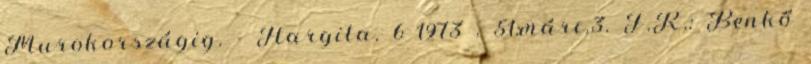
Murokországig. = Hargita. 6 1973 . 51:márc.3. F.R.: Benkő